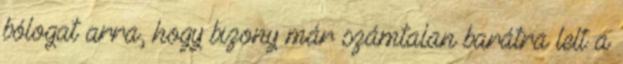
bólogat arra, hogy bizony már számtalan barátra lelt a